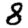
Digit: 8